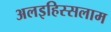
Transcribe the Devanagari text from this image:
अलइहिस्सलाम